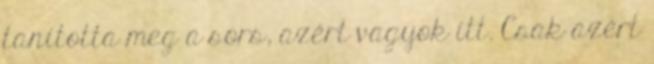
tanította meg a sors, azért vagyok itt. Csak azért